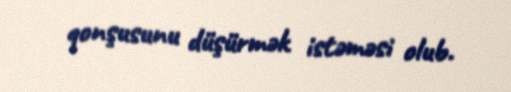
qonşusunu düşürmək istəməsi olub.